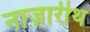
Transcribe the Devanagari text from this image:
नाज़ारीथ